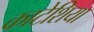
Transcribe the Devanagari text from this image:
काटेशिया